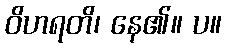
ဝိဟရတိ၊ နေ၏။ ပ။